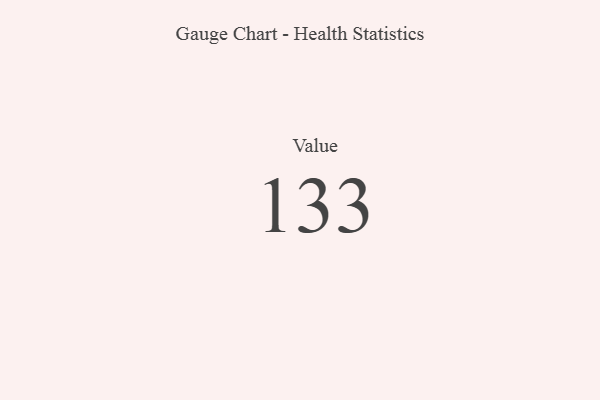
{"axis": {"x": "Metric", "y": "Value"}, "legend": [""], "data": [{"x": "Value", "y": 133, "type": ""}]}